Civil Veterinary Department. Central Provinces & Berar 1925-31 - 1925-1931
Year: 1925
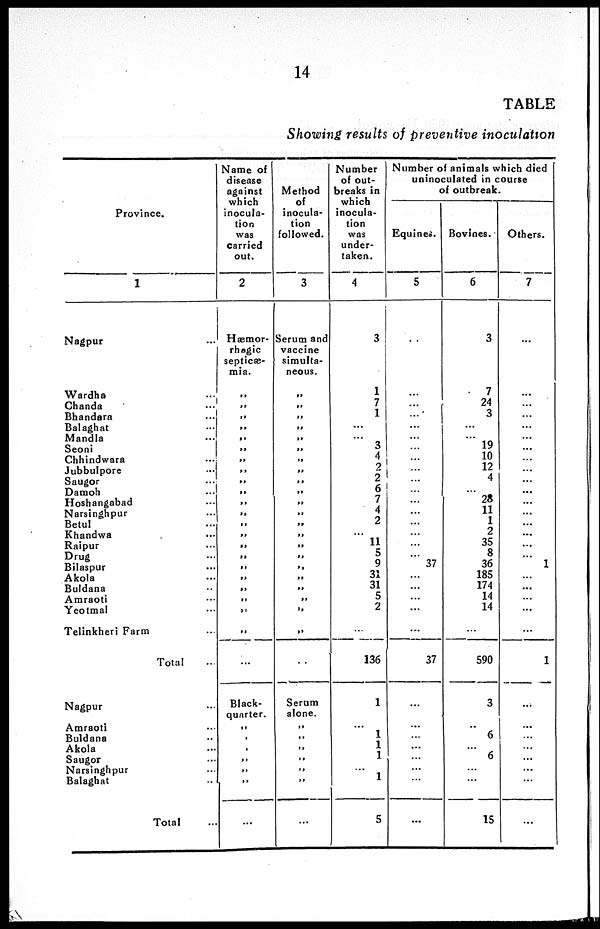
14
TABLE
Showing results of preventive inoculation
Province.
1
Nagpur ...
Wardha ...
Chanda ...
Bhandara ...
Balaghat ...
Mandla ...
Seoni ...
Chhindwara ...
Jubbulpore ...
Saugor ...
Damoh ...
Hoshangabad ...
Narsinghpur ...
Betul ...
Khandwa ...
Raipur ...
Drug ...
Bilaspur ...
Akola ...
Buldana ...
Amraoti ...
Yeotmal ...
Telinkheri Farm ...
Total ...
Nagpur ...
Amraoti ...
Buldana ...
Akola ...
Saugor ...
Narsinghpur ...
Balaghat ...
Total ...
Name of
disease
against
which
inocula-
tion
was
carried
out.
2
Hæmor-
rhagic
septicæ-
mia.
„
„
„
„
„
„
„
„
„
„
„
„
„
„
„
„
„
„
„
„
„
„
Black-
quarter.
„
„
„
„
„
„
...
Method
of
inocula-
tion
followed.
3
Serum and
vaccine
simulta-
neous.
„
„
„
„
„
„
„
„
„
„
„
„
„
„
„
„
„
„
„
„
„
„
Serum
alone.
„
„
„
„
„
„
...
Number
of out-
breaks in
which
inocula-
tion
was
under-
taken.
4
3
1
7
1
...
...
3
4
2
2
6
7
4
2
...
11
5
9
31
31
5
2
...
136
1
...
1
1
1
1
1
5
Number of animals which died
uninoculated in course
of outbreak.
Equines.
5
...
...
...
...
...
...
...
...
...
...
...
...
...
...
...
...
... 37
...
...
...
...
...
37
...
...
...
...
...
...
...
...
Bovines.
6
3
7
24
3
...
...
19
10
12
...
...
28
11
1
2
35
8
36
185
174
14
14
...
590
3
...
6
...
6
...
...
15
Others.
7
...
...
...
...
...
...
...
...
...
...
...
...
...
...
...
...
... 1
...
...
...
...
...
1
...
...
...
...
...
...
...
...